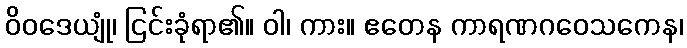
ဝိဝဒေယျုံ၊ ငြင်းခုံရာ၏။ ဝါ၊ ကား။ ဧတေန ကာရဏဂဝေသကေန၊